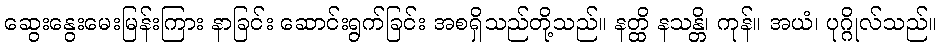
ဆွေးနွေးမေးမြန်းကြား နာခြင်း ဆောင်းရွက်ခြင်း အစရှိသည်တို့သည်။ နတ္ထိ နသန္တိ၊ ကုန်။ အယံ၊ ပုဂ္ဂိုလ်သည်။